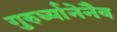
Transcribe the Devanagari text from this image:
गुरुर्ध्यानेनैव